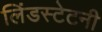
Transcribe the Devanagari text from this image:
लिंडस्टेटनी